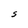
Character: S